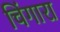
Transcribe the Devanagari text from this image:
चिंगारा